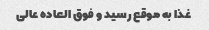
غذا به موقع رسید و فوق العاده عالی